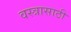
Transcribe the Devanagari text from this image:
वस्त्रासाठी